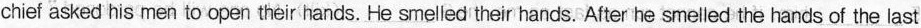
chief asked his men to open their hands. He smelled their hands. After he smelled the hands of the last